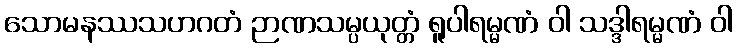
သောမနဿသဟဂတံ ဉာဏသမ္ပယုတ္တံ ရူပါရမ္မဏံ ဝါ သဒ္ဒါရမ္မဏံ ဝါ